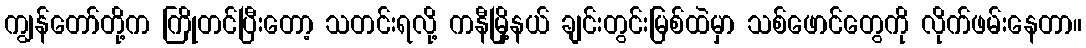
ကျွန်တော်တို့က ကြိုတင်ပြီးတော့ သတင်းရလို့ ကနီမြို့နယ် ချင်းတွင်းမြစ်ထဲမှာ သစ်ဖောင်တွေကို လိုက်ဖမ်းနေတာ။